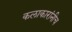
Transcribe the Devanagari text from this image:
कलाकारांनीच